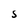
Character: S